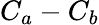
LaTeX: C_{a}-C_{b}